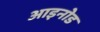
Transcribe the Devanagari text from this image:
आइनोड